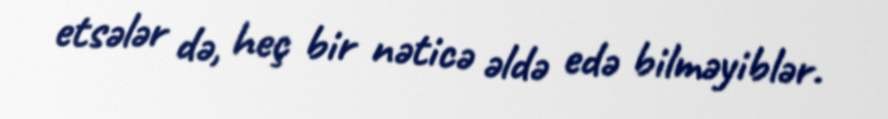
etsələr də, heç bir nəticə əldə edə bilməyiblər.